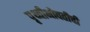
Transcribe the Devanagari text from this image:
पृथ्वीभोवतीची